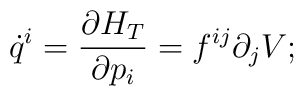
\dot{q}^i = \frac{\partial H_T}{\partial p_i} = f^{ij} \partial_j V;